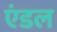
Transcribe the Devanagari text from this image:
एंडल